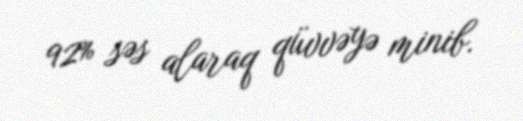
92% səs alaraq qüvvəyə minib.